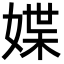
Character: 媟